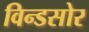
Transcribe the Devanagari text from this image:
विन्डसोर